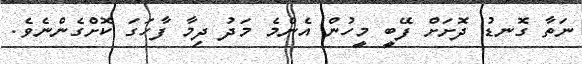
ނަތާ ގޮނޑު ދޮށަށް ފޭބީ މީހުން އެންމެ މަދު ދިމާ ފާހަގަ ކޮށްގެންނެވެ.